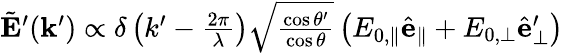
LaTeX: \begin{array}{r}{\tilde{\mathbf{E}}^{\prime}(\mathbf{k}^{\prime})\propto\delta\left(k^{\prime}-\frac{2\pi}{\lambda}\right)\sqrt{\frac{\cos\theta^{\prime}}{\cos\theta}}\left(E_{0,\parallel}\hat{\mathbf{e}}_{\parallel}+E_{0,\perp}\hat{\mathbf{e}}_{\perp}^{\prime}\right)}\end{array}